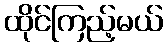
ထိုင်ကြည့်မယ်